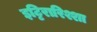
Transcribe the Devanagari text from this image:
इट्टिरारिश्शा